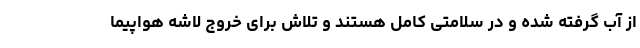
از آب گرفته شده و در سلامتی کامل هستند و تلاش برای خروج لاشه هواپیما